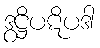
ဒွဋ္ဌိပဋိပဒါ